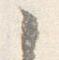
々